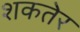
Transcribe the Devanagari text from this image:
शकतेर